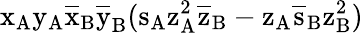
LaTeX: \mathrm{x_{A}\mathrm{y_{A}\mathrm{\overline{{x}}_{B}\mathrm{\overline{{y}}_{B}(\mathrm{s_{A}\mathrm{z_{A}^{2}\mathrm{\overline{{z}}_{B}-\mathrm{z_{A}\mathrm{\overline{{s}}_{B}\mathrm{z_{B}^{2})}}}}}}}}}}